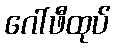
ဂေါ်ဖီထုပ်